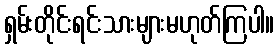
ရှမ်းတိုင်းရင်းသားများမဟုတ်ကြပါ။